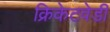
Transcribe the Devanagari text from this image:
क्रिकेटवेडी